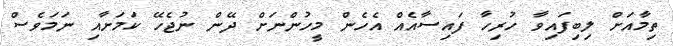
ތިމާއަށް ލިބިފައިވާ ހުރިހާ ފައިސާއެއް އެހެން މީހުންނަށް ދޭން ނުޖެހޭ ކަމަށާއި ނަމަވެސް